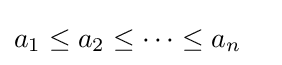
a_{1}\leq a_{2}\leq \cdots \leq a_{n}\quad